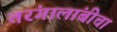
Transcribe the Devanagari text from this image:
तरंगालांबीचा